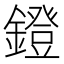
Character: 鐙